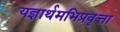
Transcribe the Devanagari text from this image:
यज्ञार्थमभिप्रवृत्ता